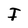
Character: I